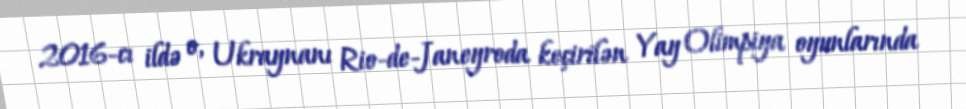
2016-cı ildə o, Ukraynanı Rio-de-Janeyroda keçirilən Yay Olimpiya oyunlarında